Leaving Certificate Examination (including Day School Certificate (Higher) General paper), 1938
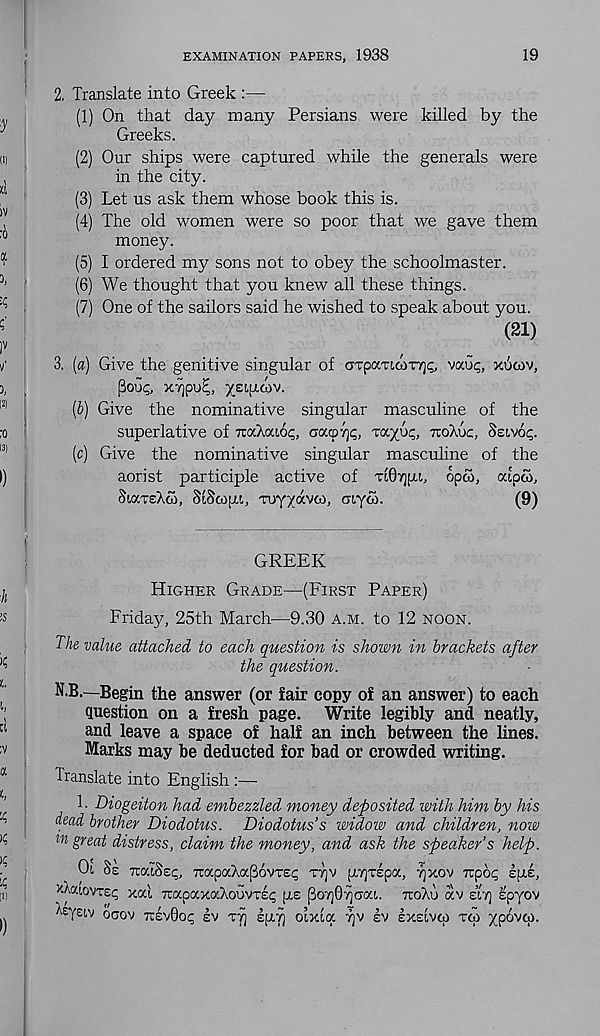
EXAMINATION PAPERS, 1938
19
2. Translate into Greek :—
(1) On that day many Persians were killed by the
Greeks.
(2) Our ships were captured while the generals were
in the city.
(3) Let us ask them whose book this is.
(4) The old women were so poor that we gave them
money.
(5) I ordered my sons not to obey the schoolmaster.
(6) We thought that you knew all these things.
(7) One of the sailors said he wished to speak about you.
(21)
3. [a) Give the genitive singular of aTpcmw-nj^ vaoc, xucov,
f3ou<;, X7]pu^, xetfuuv.
(b) Give the nominative singular masculine of the
superlative of TrocXociot;, aa<py]^, Tc/.yyc, TTOAOC, SELVOC;.
(c) Give the nominative singular masculine of the
aorist participle active of TiQy][u, opco, oupco,
SiaxsAco, SiScMU, Tuy/dvoi, aiyG.
(9)
GREEK
HIGHER GRADE—(FIRST PAPER)
Friday, 25th March—9..30 A.M. to 12 NOON.
The value attached to each question is shown in brackets after
the question.
N.B.—Begin the answer (or fair copy of an answer) to each
question on a fresh page. Write legibly and neatly,
and leave a space of half an inch between the lines.
Marks may be deducted for bad or crowded writing.
Iranslate into English :—
1. Diogeiton had embezzled money deposited with him by his
dead brother Diodotus. Diodotus’s widow and children, now
tn great distress, claim the money, and ask the speaker’s help.
Ot, SE TOXISSI;, 7rapaXa(36vTE<; TT]V fiTprspoc, TJXOV nphc, spie,
XAcaovTEt; xa'i 7r.apocx<xXouvT£<; pe (3o7]07)om. TtoXu dv Hi) spyov
Xeystv ocov TT:EV0O^ |V
oixia ry ev IXEIVW TCO ypovco.